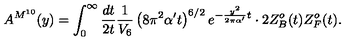
A ^ { M ^ { 1 0 } } ( y ) = \int _ { 0 } ^ { \infty } { \frac { d t } { 2 t } } { \frac { 1 } { V _ { 6 } } } \left( 8 \pi ^ { 2 } \alpha ^ { \prime } t \right) ^ { 6 / 2 } e ^ { - { \frac { y ^ { 2 } } { 2 \pi \alpha ^ { \prime } } } t } \cdot 2 Z _ { B } ^ { o } ( t ) Z _ { F } ^ { o } ( t ) .